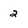
Character: 2